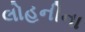
લોહનીના